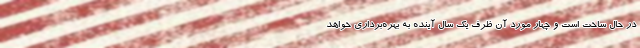
در حال ساخت است و چهار مورد آن ظرف یک سال آینده به بهره‌برداری خواهد